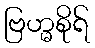
ဗြဟ္မစိုရ်